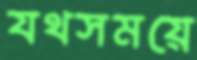
যথসময়ে